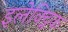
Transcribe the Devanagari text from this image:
इलेक्ट्निक